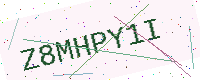
Text: Z8MHPY1I